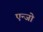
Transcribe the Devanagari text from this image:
एन्जो